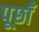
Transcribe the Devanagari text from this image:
पूछाँ